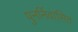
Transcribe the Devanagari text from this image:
पुनर्निवासित